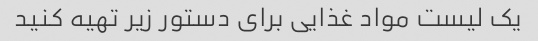
یک لیست مواد غذایی برای دستور زیر تهیه کنید